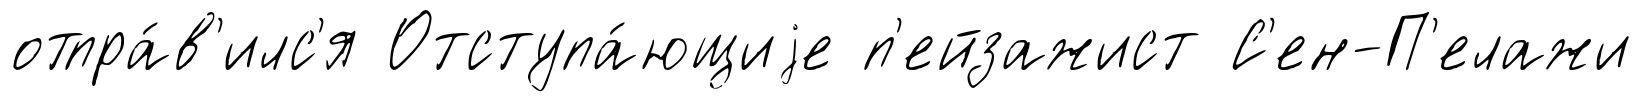
отпра́в'илс'я Отступа́ющиjе п'ейзажист С'ен-П'елажи